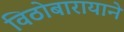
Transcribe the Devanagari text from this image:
विठोबारायाने